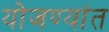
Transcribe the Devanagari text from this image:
योजण्यांत